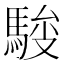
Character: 𱄢